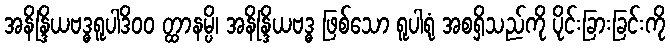
အနိန္ဒြိယဗဒ္ဓရူပါဒိ၀၀ တ္ထာနမ္ပိ၊ အနိန္ဒြိယဗဒ္ဓ ဖြစ်သော ရူပါရုံ အစရှိသည်ကို ပိုင်းခြားခြင်းကို